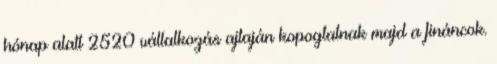
hónap alatt 2520 vállalkozás ajtaján kopogtatnak majd a fináncok.